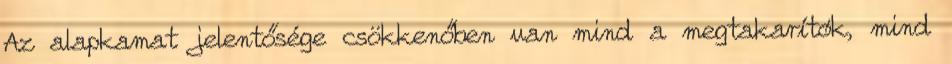
Az alapkamat jelentősége csökkenőben van mind a megtakarítók, mind